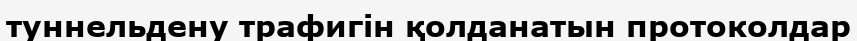
туннельдену трафигін қолданатын протоколдар